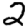
Digit: 2